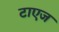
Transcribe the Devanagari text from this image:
टाएज